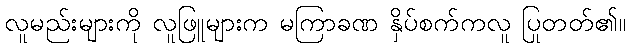
လူမည်းများကို လူဖြူများက မကြာခဏ နှိပ်စက်ကလူ ပြုတတ်၏။